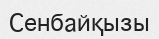
Сенбайқызы